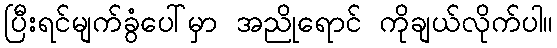
ပြီးရင်မျက်ခွံပေါ်မှာ အညိုရောင် ကိုချယ်လိုက်ပါ။